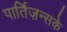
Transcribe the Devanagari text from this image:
पार्तिज़न्सके